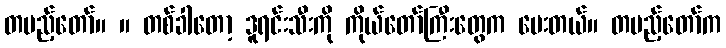
တပည့်တော်။ ။ တစ်ခါတော့ ဒူရင်းသီးကို ကိုယ်တော်ကြီးတွေက ပေးတယ်။ တပည့်တော်က